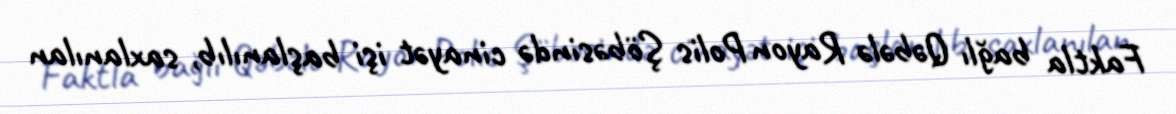
Faktla bağlı Qəbələ Rayon Polis Şöbəsində cinayət işi başlanılıb, saxlanılan